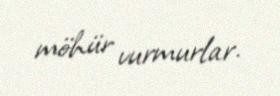
möhür vurmurlar.